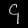
Digit: ၄